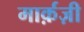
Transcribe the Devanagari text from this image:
मार्क़ज़ी